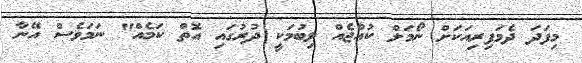
މިފަދަ ދެމަފިރިއަކަށް ނޯމަލް ކުއްޖެއް ލިބުމަކީ ދުރުގައި އޮތް ކަމެއް" ނަމަވެސް އޭނާ